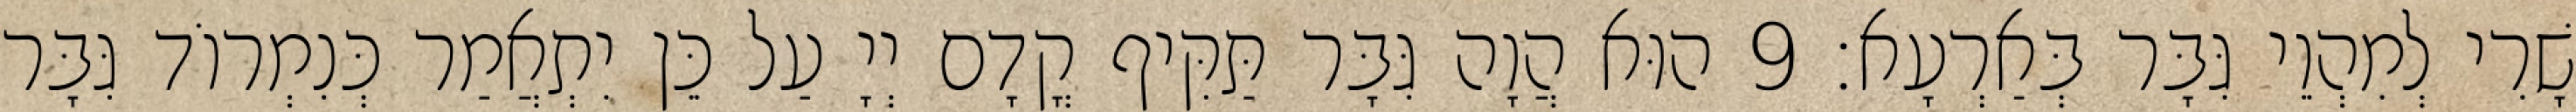
שָׁרִי לְמִהְוֵי גִּבָּר בְּאַרְעָא׃ 9 הוּא הֲוָה גִּבָּר תַּקִּיף קֳדָם יְיָ עַל כֵּן יִתְאֲמַר כְּנִמְרוֹד גִּבָּר